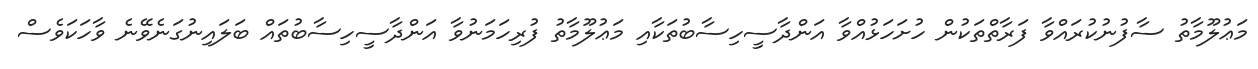
މަޢުލޫމާތު ސާފުނުކުރައްވާ ފަރާތްތަކުން ހުށަހަޅުއްވާ އަންދާސީހިސާބުތަކާއި މަޢުލޫމާތު ފުރިހަމަނުވާ އަންދާސީހިސާބުތައް ބަލައިނުގަނެވޭނެ ވާހަކަވެސް